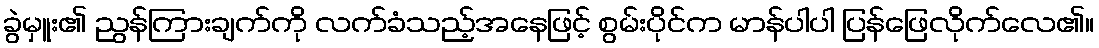
ခွဲမှူး၏ ညွန်ကြားချက်ကို လက်ခံသည့်အနေဖြင့် စွမ်းပိုင်က မာန်ပါပါ ပြန်ဖြေလိုက်လေ၏။